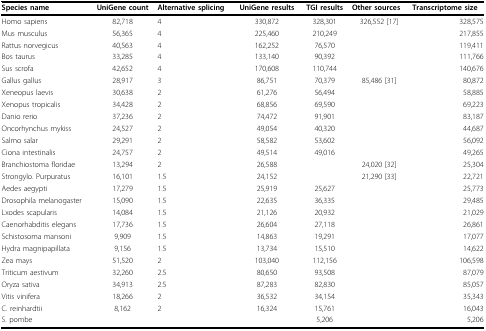
<table><thead><tr><td><b>Species name</b></td><td><b>UniGene count</b></td><td><b>Alternative splicing</b></td><td><b>UniGene results</b></td><td><b>TGI results</b></td><td><b>Other sources</b></td><td><b>Transcriptome size</b></td></tr></thead><tbody><tr><td>Homo sapiens</td><td>82,718</td><td>4</td><td>330,872</td><td>328,301</td><td>326,552 [17]</td><td>328,575</td></tr><tr><td>Mus musculus</td><td>56,365</td><td>4</td><td>225,460</td><td>210,249</td><td></td><td>217,855</td></tr><tr><td>Rattus norvegicus</td><td>40,563</td><td>4</td><td>162,252</td><td>76,570</td><td></td><td>119,411</td></tr><tr><td>Bos taurus</td><td>33,285</td><td>4</td><td>133,140</td><td>90,392</td><td></td><td>111,766</td></tr><tr><td>Sus scrofa</td><td>42,652</td><td>4</td><td>170,608</td><td>110,744</td><td></td><td>140,676</td></tr><tr><td>Gallus gallus</td><td>28,917</td><td>3</td><td>86,751</td><td>70,379</td><td>85,486 [31]</td><td>80,872</td></tr><tr><td>Xeneopus laevis</td><td>30,638</td><td>2</td><td>61,276</td><td>56,494</td><td></td><td>58,885</td></tr><tr><td>Xenopus tropicalis</td><td>34,428</td><td>2</td><td>68,856</td><td>69,590</td><td></td><td>69,223</td></tr><tr><td>Danio rerio</td><td>37,236</td><td>2</td><td>74,472</td><td>91,901</td><td></td><td>83,187</td></tr><tr><td>Oncorhynchus mykiss</td><td>24,527</td><td>2</td><td>49,054</td><td>40,320</td><td></td><td>44,687</td></tr><tr><td>Salmo salar</td><td>29,291</td><td>2</td><td>58,582</td><td>53,602</td><td></td><td>56,092</td></tr><tr><td>Ciona intestinalis</td><td>24,757</td><td>2</td><td>49,514</td><td>49,016</td><td></td><td>49,265</td></tr><tr><td>Branchiostoma floridae</td><td>13,294</td><td>2</td><td>26,588</td><td></td><td>24,020 [32]</td><td>25,304</td></tr><tr><td>Strongylo. Purpuratus</td><td>16,101</td><td>1.5</td><td>24,152</td><td></td><td>21,290 [33]</td><td>22,721</td></tr><tr><td>Aedes aegypti</td><td>17,279</td><td>1.5</td><td>25,919</td><td>25,627</td><td></td><td>25,773</td></tr><tr><td>Drosophila melanogaster</td><td>15,090</td><td>1.5</td><td>22,635</td><td>36,335</td><td></td><td>29,485</td></tr><tr><td>Lxodes scapularis</td><td>14,084</td><td>1.5</td><td>21,126</td><td>20,932</td><td></td><td>21,029</td></tr><tr><td>Caenorhabditis elegans</td><td>17,736</td><td>1.5</td><td>26,604</td><td>27,118</td><td></td><td>26,861</td></tr><tr><td>Schistosoma mansoni</td><td>9,909</td><td>1.5</td><td>14,863</td><td>19,291</td><td></td><td>17,077</td></tr><tr><td>Hydra magnipapillata</td><td>9,156</td><td>1.5</td><td>13,734</td><td>15,510</td><td></td><td>14,622</td></tr><tr><td>Zea mays</td><td>51,520</td><td>2</td><td>103,040</td><td>112,156</td><td></td><td>106,598</td></tr><tr><td>Triticum aestivum</td><td>32,260</td><td>2.5</td><td>80,650</td><td>93,508</td><td></td><td>87,079</td></tr><tr><td>Oryza sativa</td><td>34,913</td><td>2.5</td><td>87,283</td><td>82,830</td><td></td><td>85,057</td></tr><tr><td>Vitis vinifera</td><td>18,266</td><td>2</td><td>36,532</td><td>34,154</td><td></td><td>35,343</td></tr><tr><td>C. reinhardtii</td><td>8,162</td><td>2</td><td>16,324</td><td>15,761</td><td></td><td>16,043</td></tr><tr><td>S. pombe</td><td></td><td></td><td></td><td>5,206</td><td></td><td>5,206</td></tr></tbody></table>